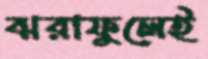
ঝরাফুলেই